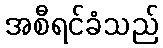
အစီရင်ခံသည်